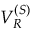
V _ { R } ^ { ( S ) }